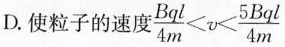
D.使粒子的速度$$ \frac { B q l } { 4 m } < v < \frac { 5 B q l } { 4 m }$$